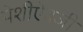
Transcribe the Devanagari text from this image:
पेशीऐवजी